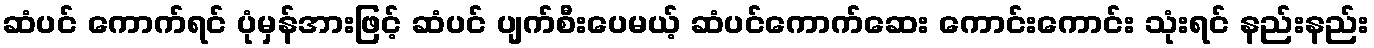
ဆံပင် ကောက်ရင် ပုံမှန်အားဖြင့် ဆံပင် ပျက်စီးပေမယ့် ဆံပင်ကောက်ဆေး ကောင်းကောင်း သုံးရင် နည်းနည်း